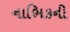
નાભિકની